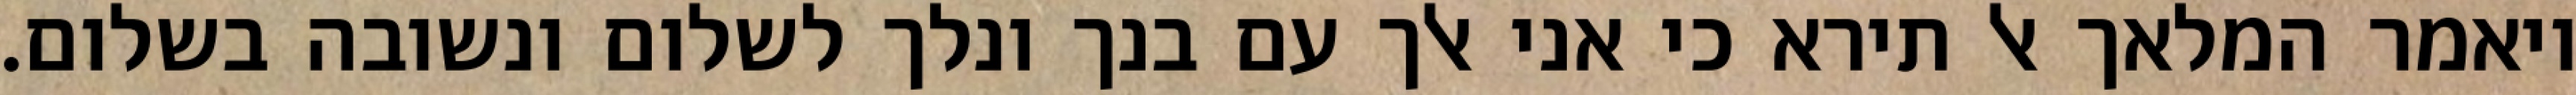
ויאמר המלאך אל תירא כי אני אלך עם בנך ונלך לשלום ונשובה בשלום.